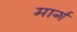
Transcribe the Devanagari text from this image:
मार्ग